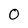
Character: O